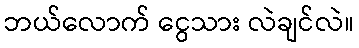
ဘယ်လောက် ငွေသား လဲချင်လဲ။